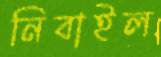
নিবাইল